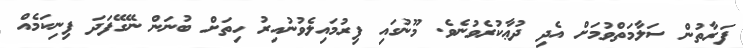
ފަރާތުން ސަލާމަތްވުމަށް އެދި ދުޢާކުރެވުނެވެ. މޫނުގައި ފިރުމައިލެވުނުއިރު ހިތަށް ބުނަން ނޭގޭފަދަ ފިނިކަމެއް